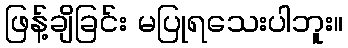
ဖြန့်ချိခြင်း မပြုရသေးပါဘူး။